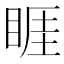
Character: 睚